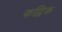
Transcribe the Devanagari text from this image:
कद्विक